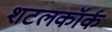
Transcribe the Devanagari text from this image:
शटलकॉर्क